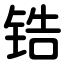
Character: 锆